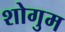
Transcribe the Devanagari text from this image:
शोगुम